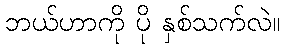
ဘယ်ဟာကို ပို နှစ်သက်လဲ။